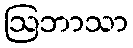
ဩဘာသာ